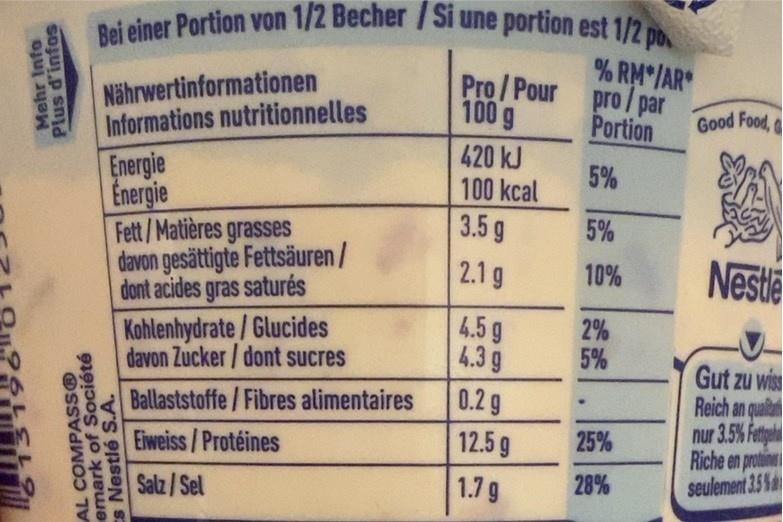
Bei einer Portion von 1/2 Becher /Si une portion est 1/2 po.
Nährwertinformationen Informations nutritionnelles
% RM /AR Pro/Pour pro/par
100 g
Portion
Good Food,
420 kJ 100 kcal
Energie Energie Fett/Matières grasses davon gesättigte Fettsäuren/ dont acides gras saturés Kohlenhydrate/Glucides davon Zucker/ dont sucres
5%
3.5 g
5%
2.1 g
10%
Neste
4.5g 4.3 g 0.29
2% 5%
Gut zu wiss Reich an qualiah nur 3.5% Fete Riche en proties seulement 3.5 %a
Ballaststoffe/Fibres alimentaires
Eiweiss/Protéines
12.5 g
25%
Salz/Sel
1.7 g
28%
SLEL
Mehr Info Plus d'infos
AL COMPASS® emark of Société Es Nestlé S.A.